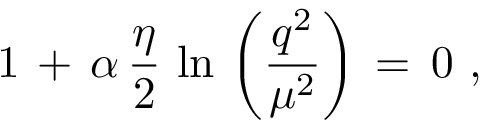
1 \, + \, \alpha \, \frac { \eta } { 2 } \, \ln \, \left( \frac { q ^ { 2 } } { \mu ^ { 2 } } \right) \, = \, 0 \, \, ,